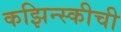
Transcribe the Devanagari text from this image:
कझिन्स्कीची